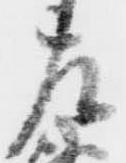
左